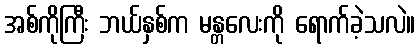
အစ်ကိုကြီး ဘယ်နှစ်က မန္တလေးကို ရောက်ခဲ့သလဲ။